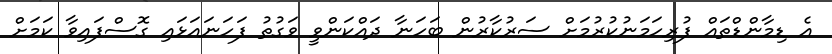
އެ ޑިމާންޑްތައް ފުރިހަމަނުކުރުމަށް ސަރުކާރުން ބަހަނާ ދައްކަންވީ ވަގުތު ފަހަނައަޅައި ގޮސްފައިވާ ކަމަށް